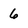
Character: 6